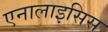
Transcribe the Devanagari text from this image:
एनालाइसिस